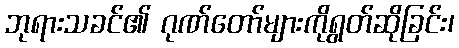
ဘုရားသခင်၏ ဂုဏ်တော်များကိုရွတ်ဆိုခြင်း၊